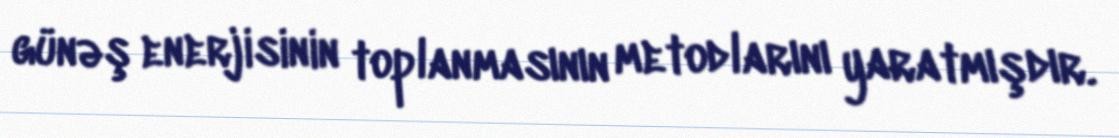
günəş enerjisinin toplanmasının metodlarını yaratmışdır.